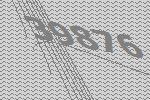
39876